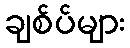
ချစ်ပ်များ